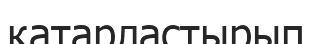
қатарластырып